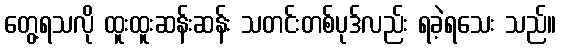
တွေ့ရသလို ထူးထူးဆန်းဆန်း သတင်းတစ်ပုဒ်လည်း ရခဲ့ရသေး သည်။